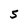
Character: 5